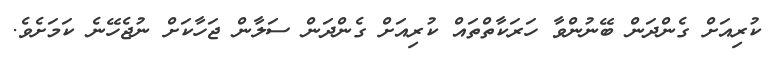
ކުރިއަށް ގެންދަން ބޭނުންވާ ހަރަކާތްތައް ކުރިއަށް ގެންދަން ސަލާން ޖަހާކަށް ނުޖެހޭނެ ކަމަށެވެ.